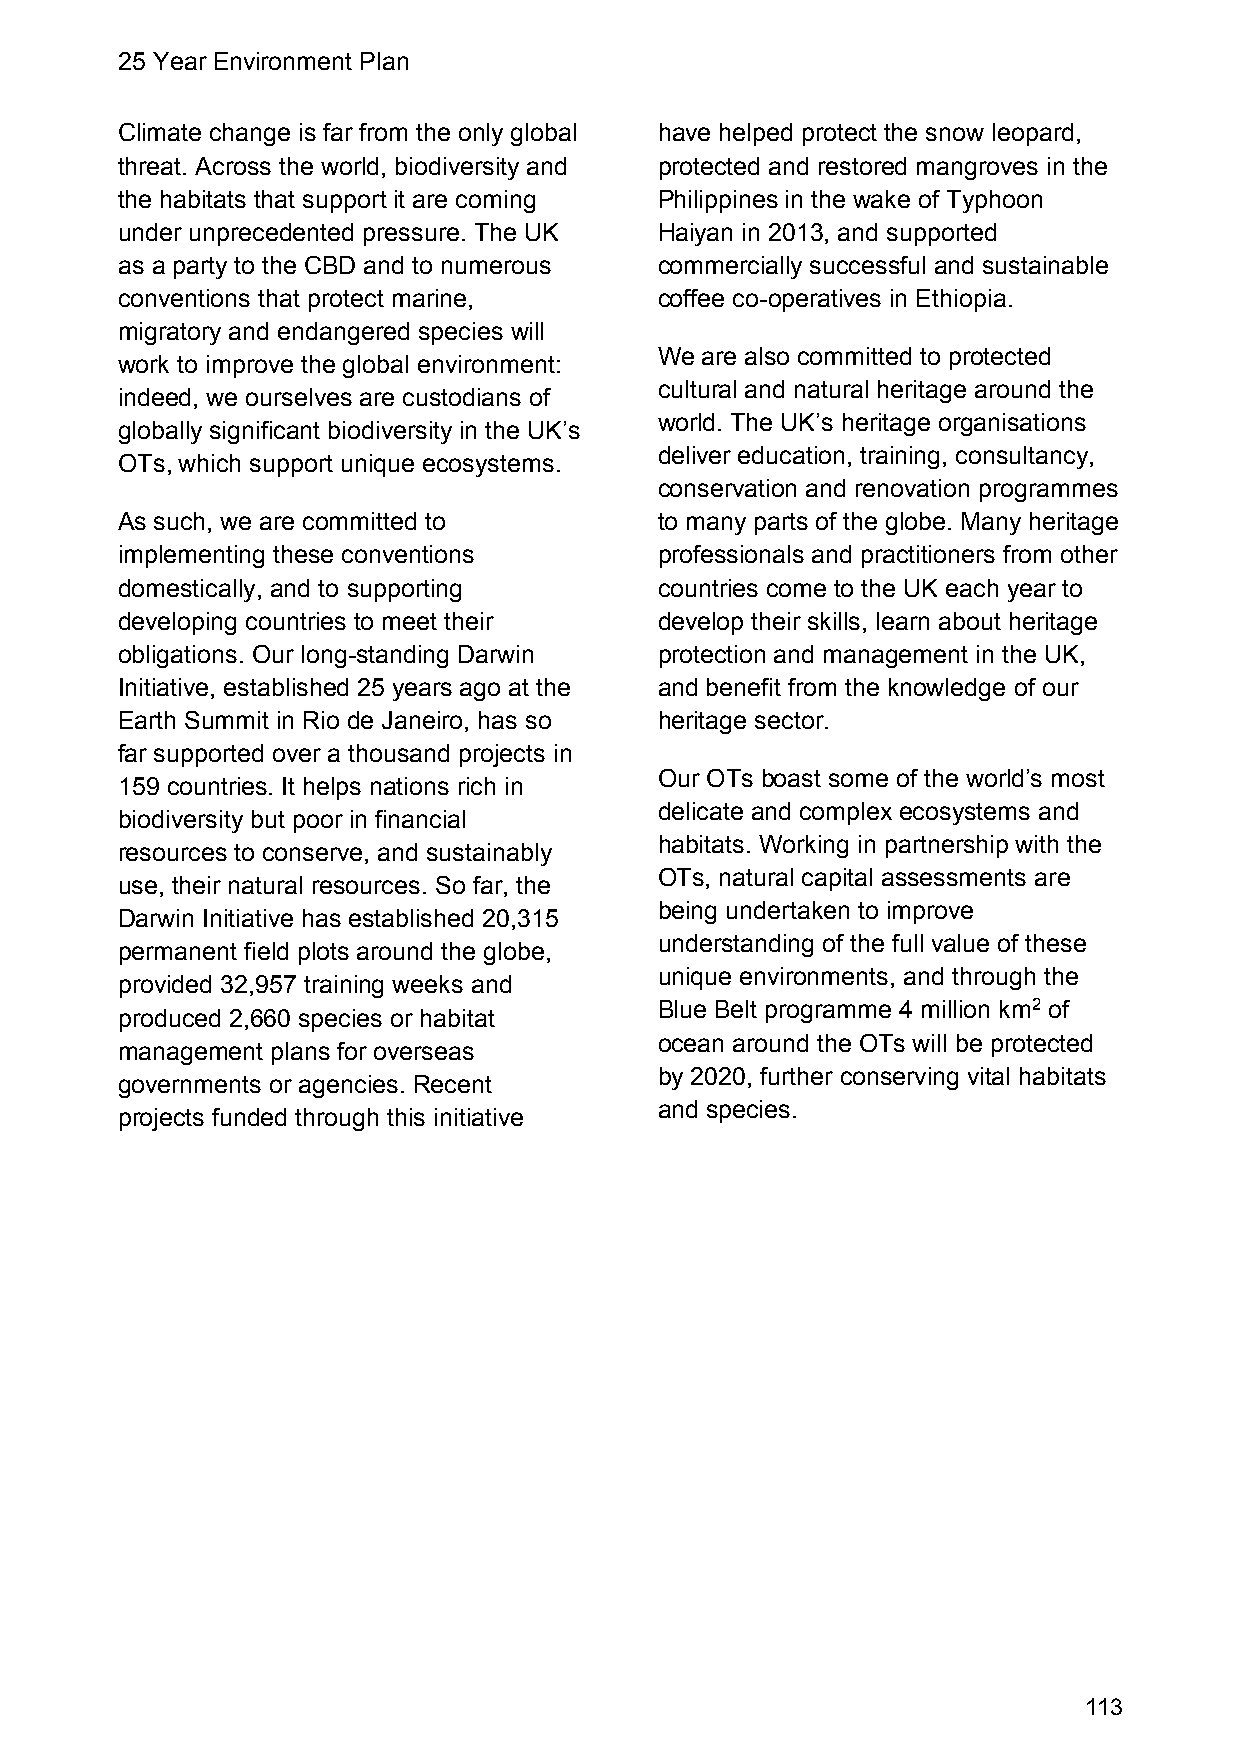
25 Year Environment Plan
 Climate change is far from the only global have helped protect the snow leopard,
 threat. Across the world, biodiversity and protected and restored mangroves in the
 the habitats that support it are coming Philippines in the wake of Typhoon
 under unprecedented pressure. The UK Haiyan in 2013, and supported
 as a party to the CBD and to numerous commercially successful and sustainable
 conventions that protect marine,    coffee co-operatives in Ethiopia.
 migratory and endangered species will
 We are also committed to protected
 work to improve the global environment:
 cultural and natural heritage around the
 indeed, we ourselves are custodians of
 world. The UK’s heritage organisations
 globally significant biodiversity in the UK’s
 deliver education, training, consultancy,
 OTs, which support unique ecosystems.
 conservation and renovation programmes
 As such, we are committed to        to many parts of the globe. Many heritage
 implementing these conventions      professionals and practitioners from other
 domestically, and to supporting     countries come to the UK each year to
 developing countries to meet their  develop their skills, learn about heritage
 obligations. Our long-standing Darwin protection and management in the UK,
 Initiative, established 25 years ago at the and benefit from the knowledge of our
 Earth Summit in Rio de Janeiro, has so heritage sector.
 far supported over a thousand projects in
 Our OTs boast some of the world’s most
 159 countries. It helps nations rich in
 delicate and complex ecosystems and
 biodiversity but poor in financial
 habitats. Working in partnership with the
 resources to conserve, and sustainably
 OTs, natural capital assessments are
 use, their natural resources. So far, the
 being undertaken to improve
 Darwin Initiative has established 20,315
 understanding of the full value of these
 permanent field plots around the globe,
 unique environments, and through the
 provided 32,957 training weeks and
 Blue Belt programme 4 million km2 of
 produced 2,660 species or habitat
 ocean around the OTs will be protected
 management plans for overseas
 by 2020, further conserving vital habitats
 governments or agencies. Recent
 and species.
 projects funded through this initiative
 113